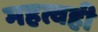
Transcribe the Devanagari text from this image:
महत्वही